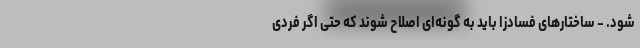
شود. - ساختارهای فسادزا باید به گونه‌ای اصلاح شوند که حتی اگر فردی